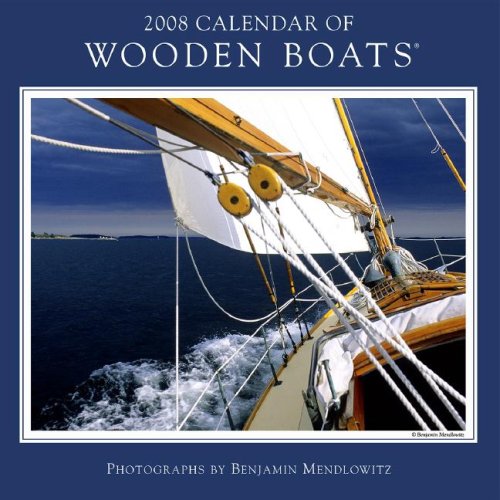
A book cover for Calendar of Wooden Boats; Calendars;